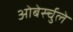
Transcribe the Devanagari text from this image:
ओबेर्स्चुले